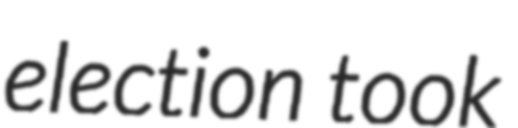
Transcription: election took